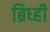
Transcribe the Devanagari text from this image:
ब्रिध्ही